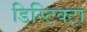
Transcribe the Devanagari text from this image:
डिस्टिक्टा